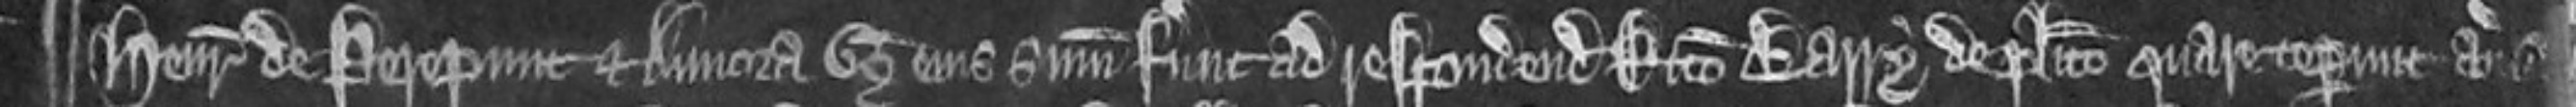
¶Henricus de Perepunt et Annora uxor eius summoniti fuerunt ad respondendum Ricardo Barry de placito quare ceperunt averia